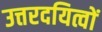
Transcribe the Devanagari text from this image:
उत्तरदयित्वों